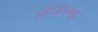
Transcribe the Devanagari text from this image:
डिंडिमभट्ट